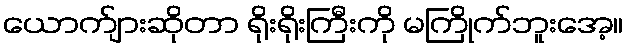
ယောက်ျားဆိုတာ ရိုးရိုးကြီးကို မကြိုက်ဘူးအေ့။